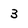
Character: 3